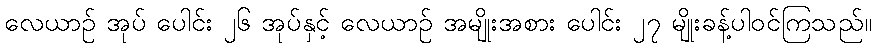
လေယာဉ် အုပ် ပေါင်း ၂၆ အုပ်နှင့် လေယာဉ် အမျိုးအစား ပေါင်း ၂၇ မျိုးခန့်ပါဝင်ကြသည်။